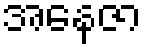
အနေဇာ